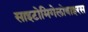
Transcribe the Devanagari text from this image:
साइटोमिगेलोवाइरस